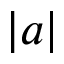
| a |